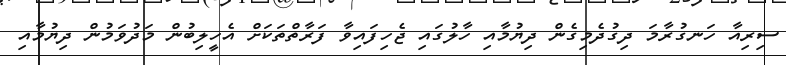
ސިރިއާ ހަނގުރާމަ ދިގުދެމިގެން ދިޔުމާއި ހާލުގައި ޖެހިފައިވާ ފަރާތްތަކަށް އެހީލިބުން މަދުވަމުން ދިޔުމާއި